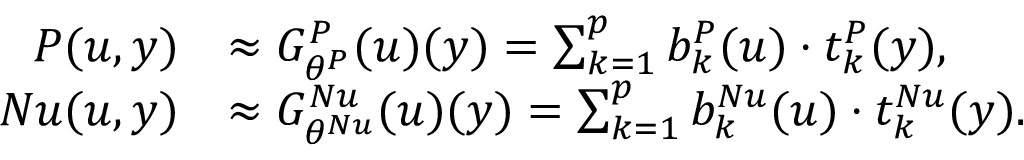
\begin{array} { r l } { P ( u , y ) } & { \approx G _ { \theta ^ { P } } ^ { P } ( u ) ( y ) = \sum _ { k = 1 } ^ { p } b _ { k } ^ { P } ( u ) \cdot t _ { k } ^ { P } ( y ) , } \\ { N u ( u , y ) } & { \approx G _ { \theta ^ { N u } } ^ { N u } ( u ) ( y ) = \sum _ { k = 1 } ^ { p } b _ { k } ^ { N u } ( u ) \cdot t _ { k } ^ { N u } ( y ) . } \end{array}